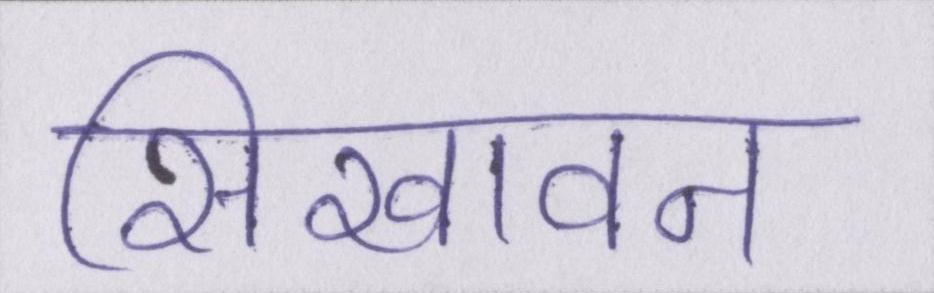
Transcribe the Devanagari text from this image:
सिखावन